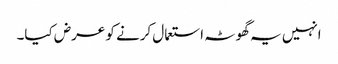
انہیں یہ گھوٹہ استعمال کرنے کو عرض کیا۔